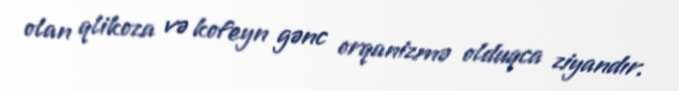
olan qlikoza və kofeyn gənc orqanizmə olduqca ziyandır.